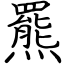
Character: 羆